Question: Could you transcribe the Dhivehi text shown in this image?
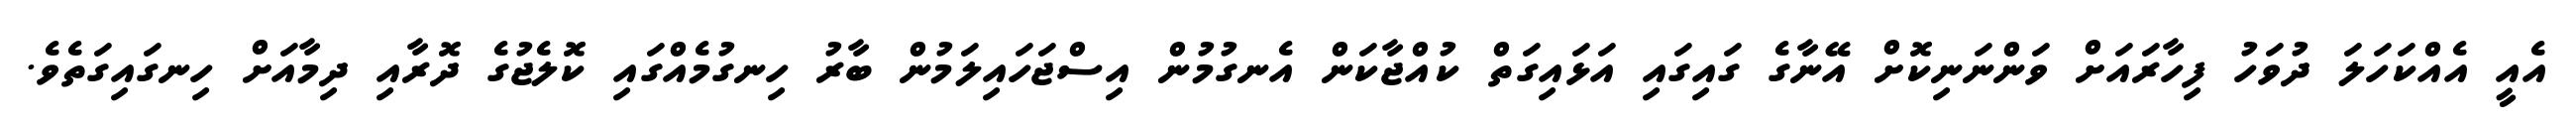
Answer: އެއީ އެއްކަހަލަ ދުވަހު ފިހާރައަށް ވަންނަނިކޮށް އޭނާގެ ގައިގައި އަޅައިގަތް ކުއްޖާކަން އެނގުމުން އިސްޖަހައިލަމުން ބާރު ހިނގުމެއްގައި ކޮލެޖުގެ ދޮރާއި ދިމާއަށް ހިނގައިގަތެވެ.